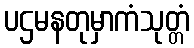
ပဌမနတုမှာကံသုတ္တံ